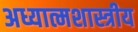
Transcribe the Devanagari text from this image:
अध्यात्मशास्त्रीय